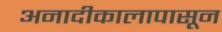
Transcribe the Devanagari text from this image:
अनादीकालापासून